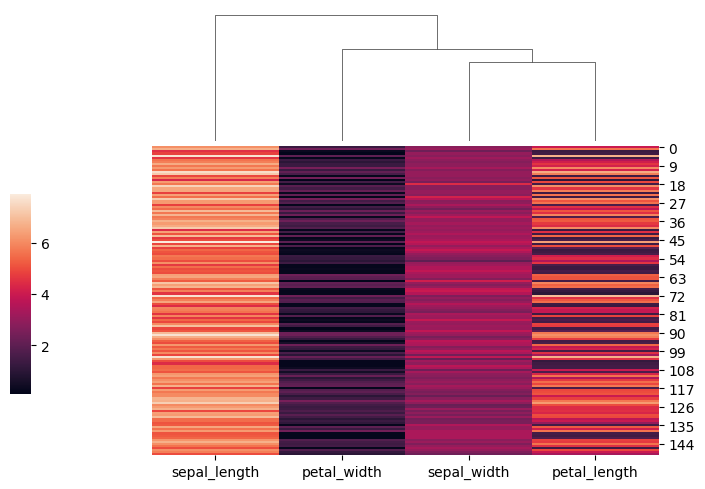
python, seaborn, clustermap, figsize=(7, 5), row_cluster=False, dendrogram_ratio=(0.2, 0.3), cbar_pos=(0, 0.2, 0.03, 0.4)